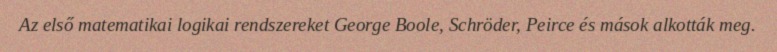
Az első matematikai logikai rendszereket George Boole, Schröder, Peirce és mások alkották meg.